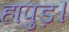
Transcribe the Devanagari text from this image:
हापुड़।